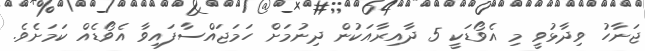
ޖަނާހު ވިދާޅުވީ މި އެވޯޑަކީ 5 ދާއިރާއަކުން ދިނުމަށް ހަމަޖައްސާފައިވާ އެވޯޑެއް ކަމަށެވެ.